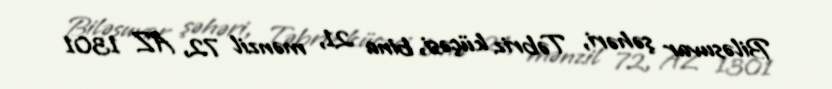
Biləsuvar şəhəri, Təbriz küçəsi, bina 21, mənzil 72, AZ 1301